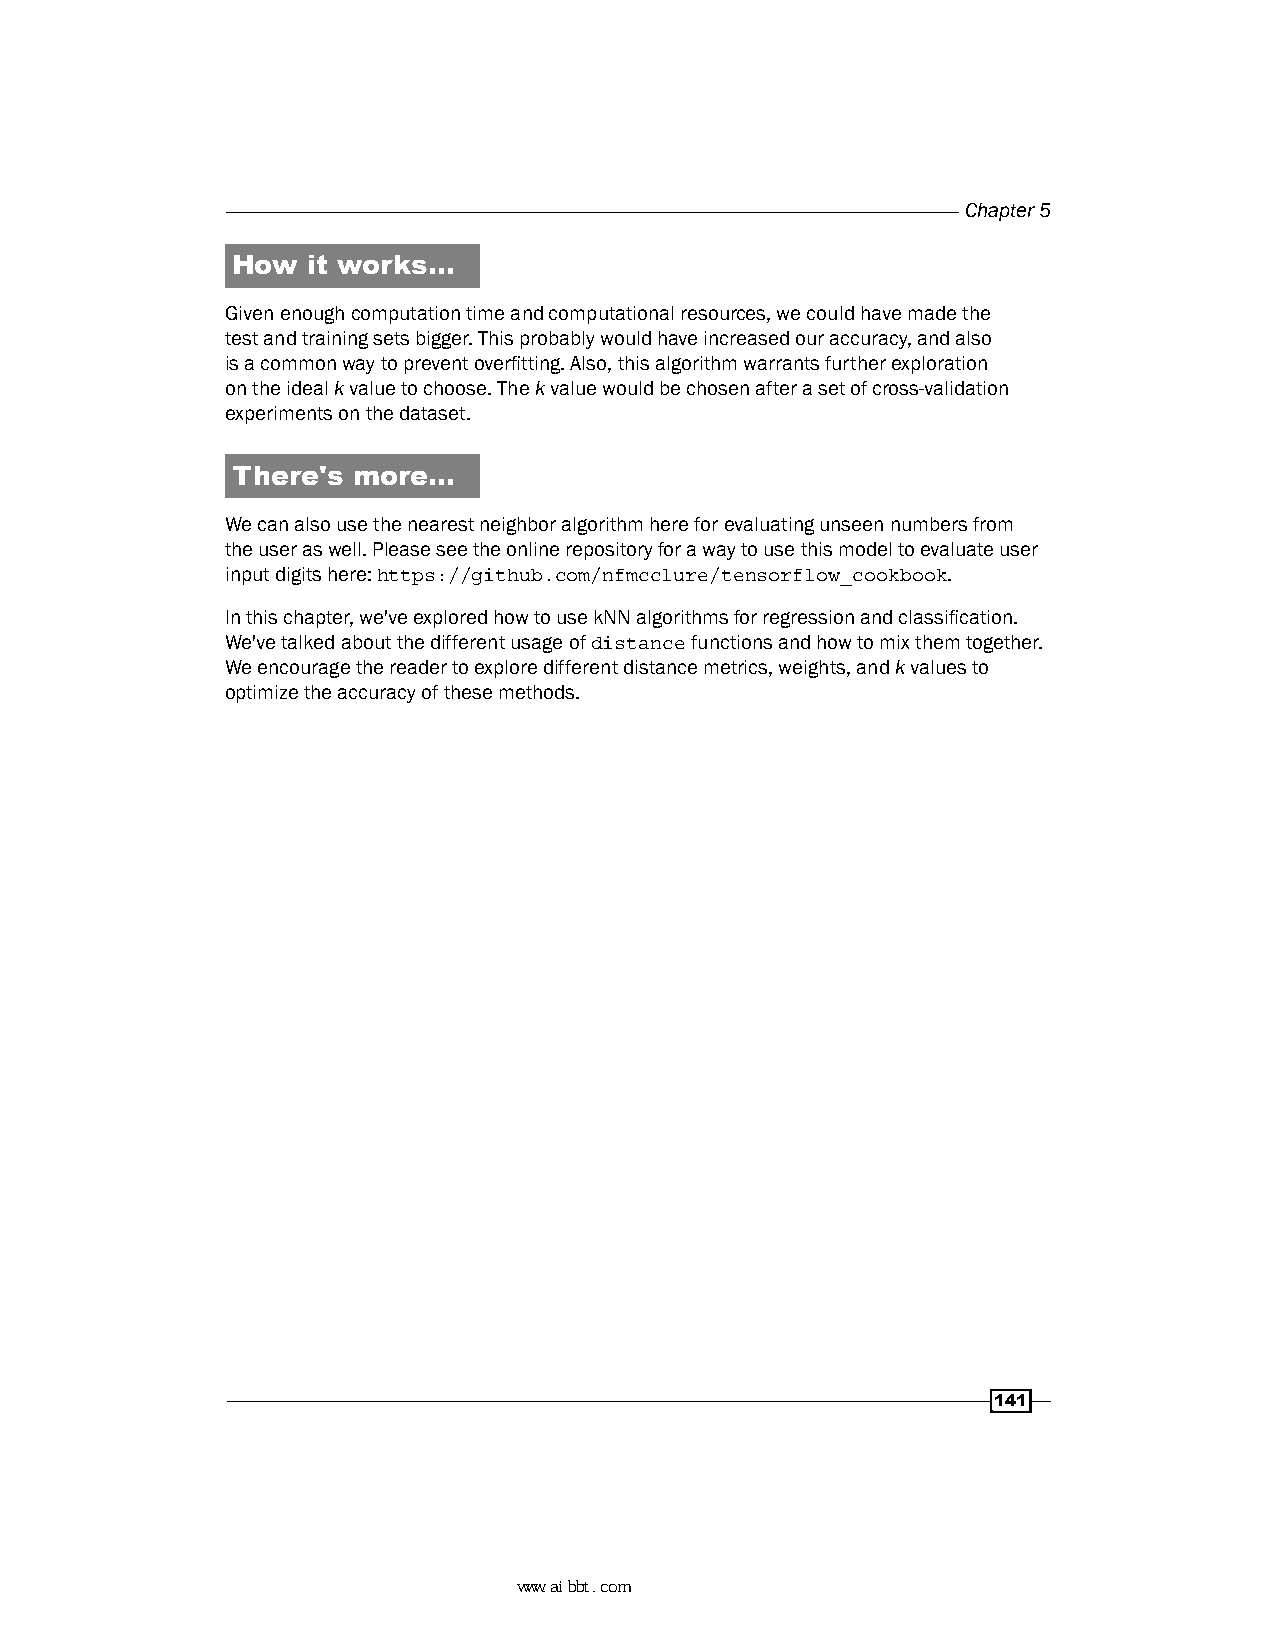
Chapter 5
 How  it works…
 Given enough computation time and computational resources, we could have made the
 test and training sets bigger. This probably would have increased our accuracy, and also
 is a common way to prevent overfitting. Also, this algorithm warrants further exploration
 on the ideal k value to choose. The k value would be chosen after a set of cross-validation
 experiments on the dataset.
 There's more…
 We can also use the nearest neighbor algorithm here for evaluating unseen numbers from
 the user as well. Please see the online repository for a way to use this model to evaluate user
 input digits here: https://github.com/nfmcclure/tensorflow_cookbook.
 In this chapter, we've explored how to use kNN algorithms for regression and classification.
 We've talked about the different usage of distance functions and how to mix them together.
 We encourage the reader to explore different distance metrics, weights, and k values to
 optimize the accuracy of these methods.
 141
 www.aibbt.com 让未来触手可及